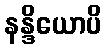
နန္ဒိယောပိ